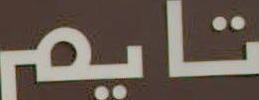
تايم